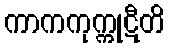
ကာကကုက္ကုဋီတိ